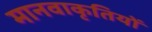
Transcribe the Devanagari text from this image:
मानवाकृतियों